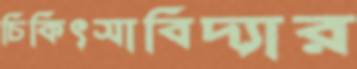
চিকিৎসাবিদ্যার